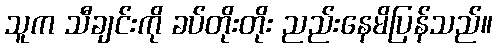
သူက သီချင်းကို ခပ်တိုးတိုး ညည်းနေမိပြန်သည်။